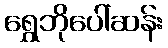
ရွှေဘိုပေါ်ဆန်း